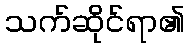
သက်ဆိုင်ရာ၏